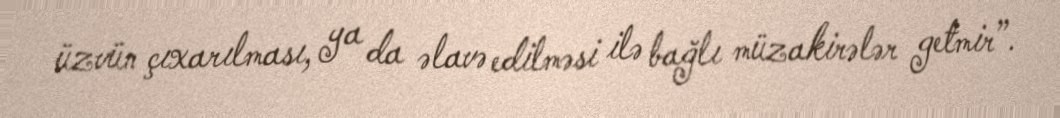
üzvün çıxarılması, ya da əlavə edilməsi ilə bağlı müzakirələr getmir”.